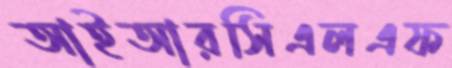
আইআরসিএলএফ